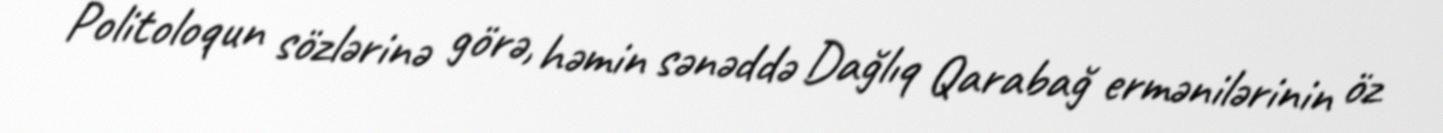
Politoloqun sözlərinə görə, həmin sənəddə Dağlıq Qarabağ ermənilərinin öz